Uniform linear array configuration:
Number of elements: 8
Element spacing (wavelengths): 0.25
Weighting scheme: kaiser
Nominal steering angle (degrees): -30
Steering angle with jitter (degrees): -29.881
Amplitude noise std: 0.05
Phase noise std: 0.05

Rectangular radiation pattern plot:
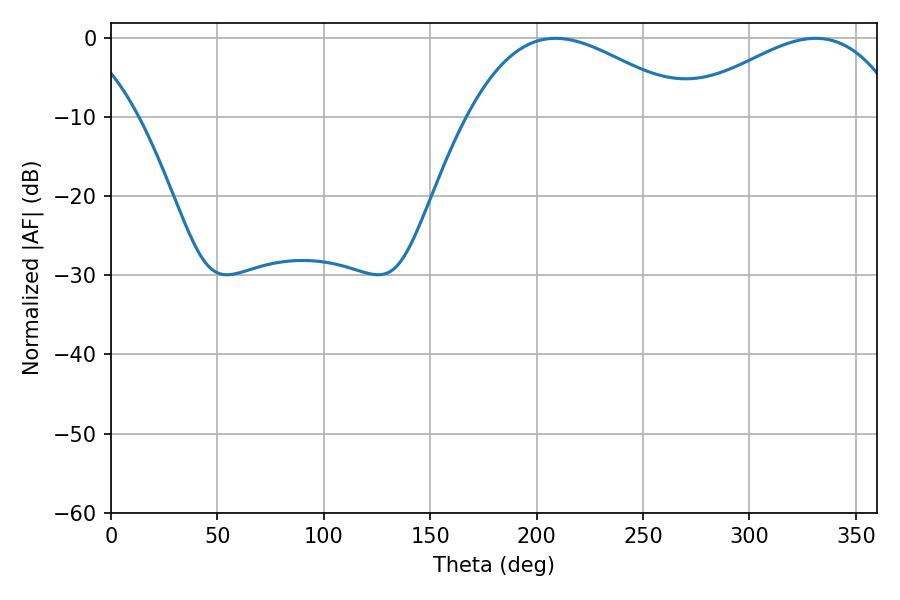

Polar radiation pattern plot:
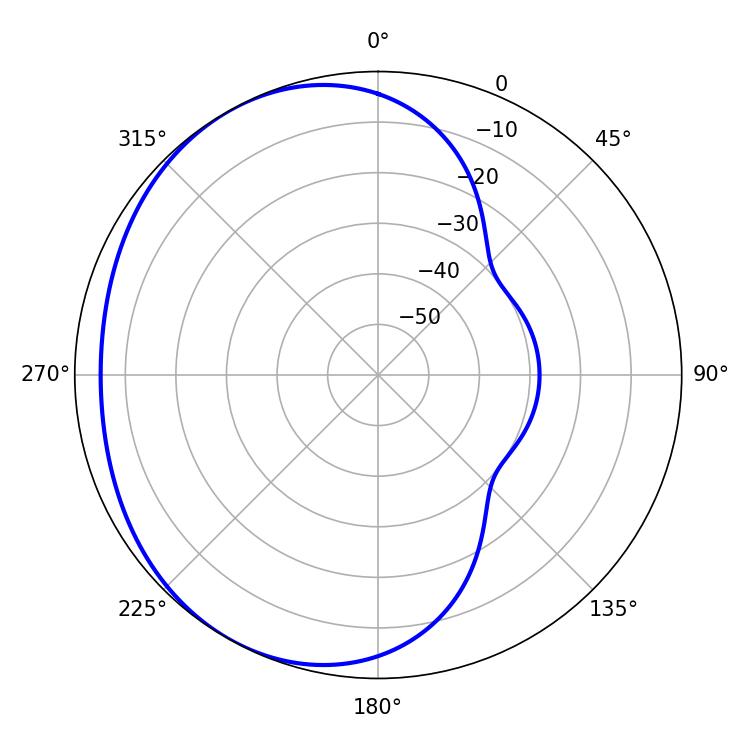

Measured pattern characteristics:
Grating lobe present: FALSE
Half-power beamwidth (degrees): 57.06
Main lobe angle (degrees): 208.8